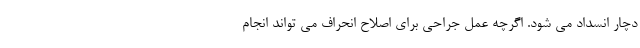
دچار انسداد می شود. اگرچه عمل جراحی برای اصلاح انحراف می تواند انجام